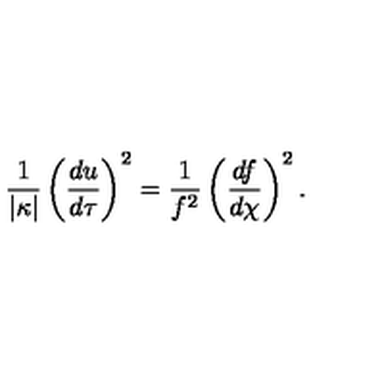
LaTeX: { \frac { 1 } { \vert \kappa \vert } } \left( { \frac { d u } { d \tau } } \right) ^ { 2 } = { \frac { 1 } { f ^ { 2 } } } \left( { \frac { d f } { d \chi } } \right) ^ { 2 } .